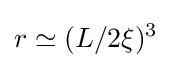
r\simeq (L/2\xi )^{3}